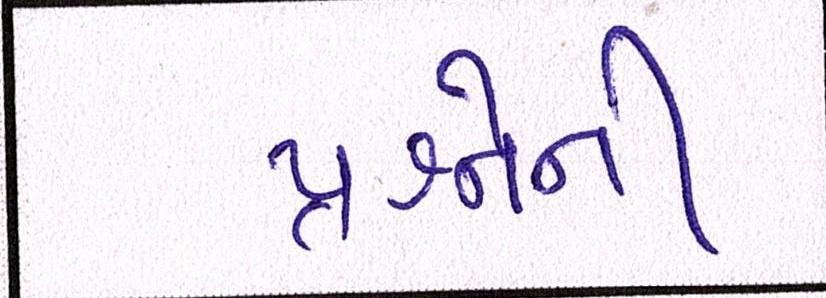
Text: પ્રશ્નોની